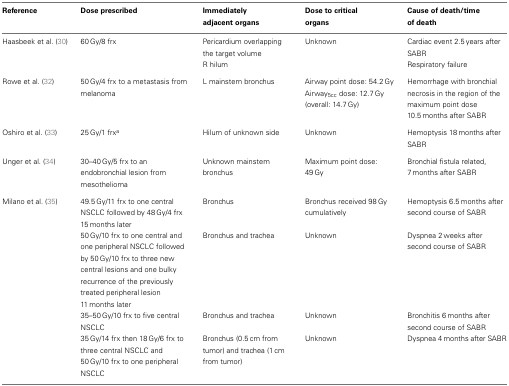
| Reference | Dose prescribed | Immediately adjacent organs | Dose to critical organs | Cause of death/time of death |
 | --- | --- | --- | --- | --- |
 | Haasbeek et al. (30) | 60 Gy/8 frx | Pericardium overlapping the target volume R hilum | Unknown | Cardiac event 2.5 years after SABR Respiratory failure |
 | Rowe et al. (32) | 50 Gy/4 frx to a metastasis from melanoma | L mainstem bronchus | Airway point dose: 54.2 Gy Airway5cc dose: 12.7 Gy (overall: 14.7 Gy) | Hemorrhage with bronchial necrosis in the region of the maximum point dose 10.5 months after SABR |
 | Oshiro et al. (33) | 25 Gy/1 frxa | Hilum of unknown side | Unknown | Hemoptysis 18 months after SABR |
 | Unger et al. (34) | 30–40 Gy/5 frx to an endobronchial lesion from mesothelioma | Unknown mainstem bronchus | Maximum point dose: 49 Gy | Bronchial fistula related, 7 months after SABR |
 | Milano et al. (35) | 49.5 Gy/11 frx to one central NSCLC followed by 48 Gy/4 frx 15 months later | Bronchus | Bronchus received 98 Gy cumulatively | Hemoptysis 6.5 months after second course of SABR |
 |  | 50 Gy/10 frx to one central and one peripheral NSCLC followed by 50 Gy/10 frx to three new central lesions and one bulky recurrence of the previously treated peripheral lesion 11 months later | Bronchus and trachea | Unknown | Dyspnea 2 weeks after second course of SABR |
 |  | 35–50 Gy/10 frx to five central NSCLC | Bronchus and trachea | Unknown | Bronchitis 6 months after second course of SABR |
 |  | 35 Gy/14 frx then 18 Gy/6 frx to three central NSCLC and 50 Gy/10 frx to one peripheral NSCLC | Bronchus (0.5 cm from tumor) and trachea (1 cm from tumor) | Unknown | Dyspnea 4 months after SABR |